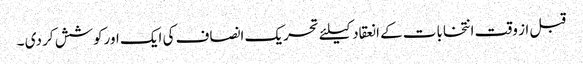
قبل از وقت انتخابات کے انعقاد کیلئے تحریک انصاف کی ایک اورکوشش کر دی ۔